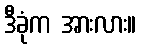
ဒီခုံက အားလား။